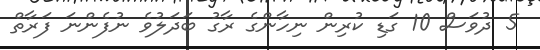
5 ދުވަސް 10 ގަޑި ކުރިން ނިހާންގެ ރާގު ބަދަލުވެ ނުފެންނަ ފަރާތް